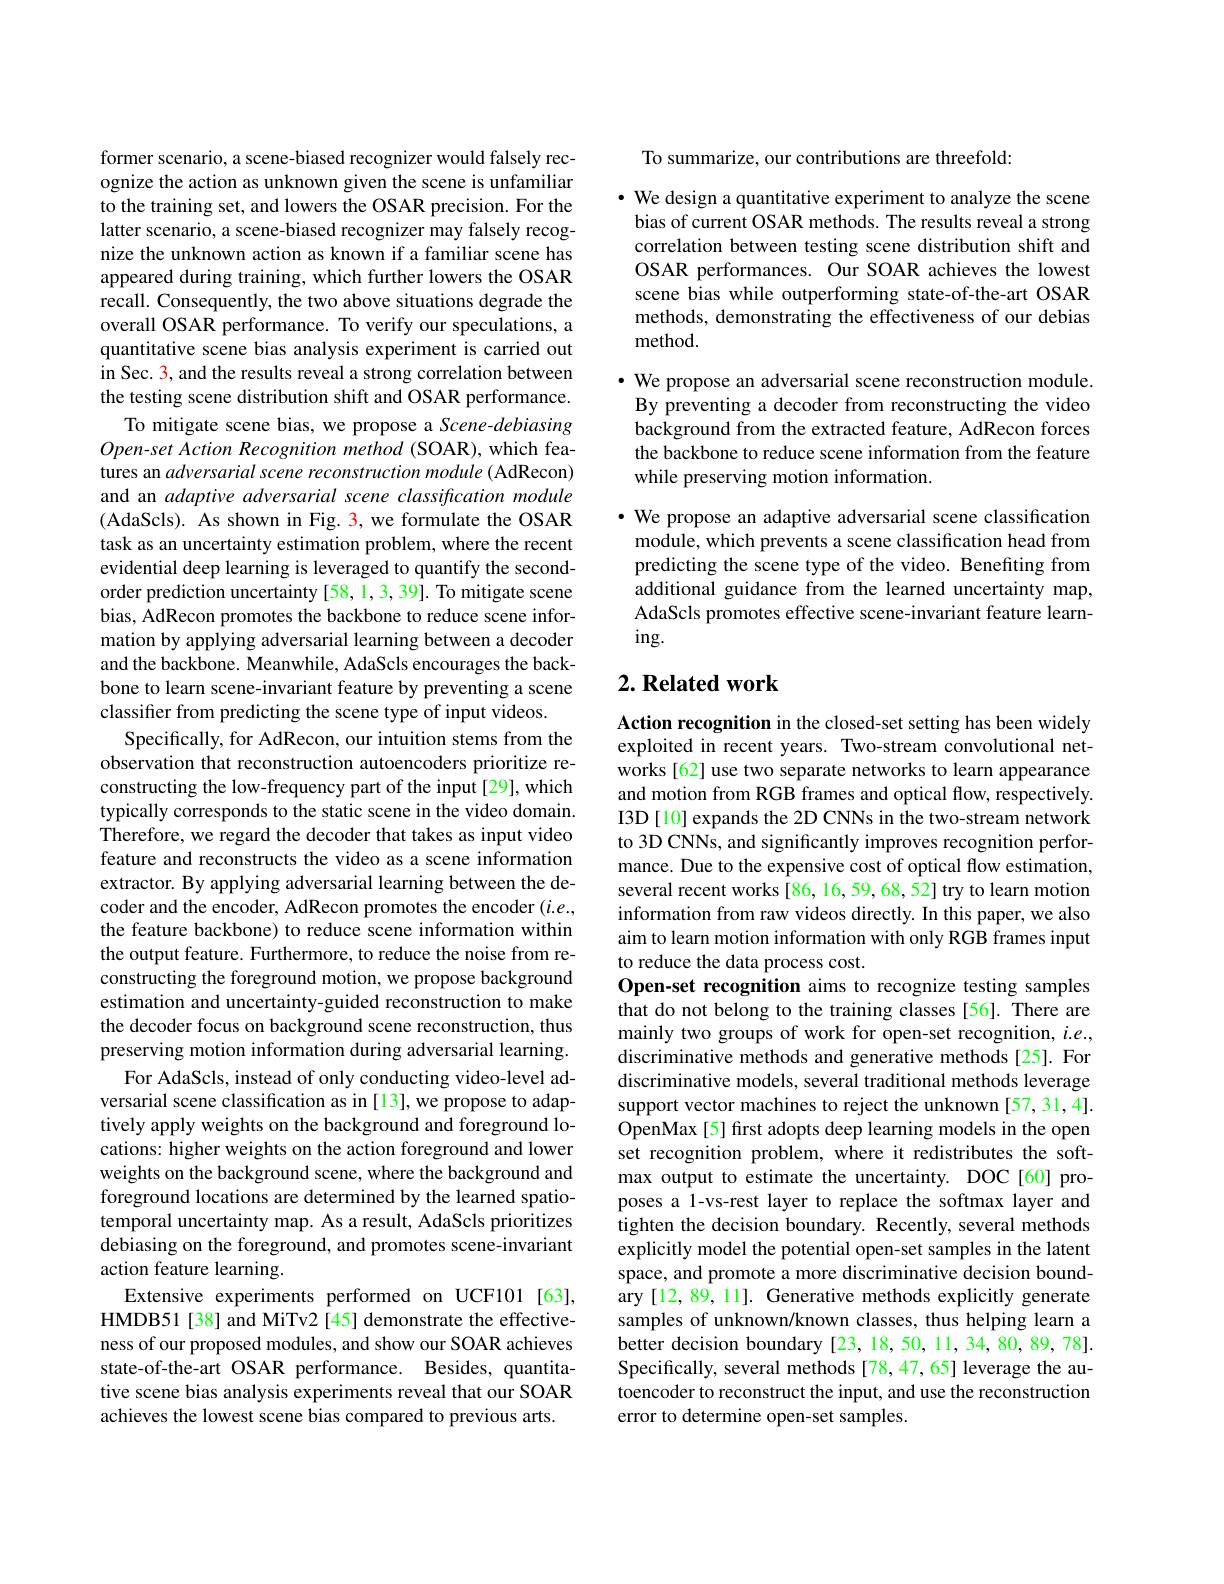
former scenario, a scene-biased recognizer would falsely recognize the action as unknown given the scene is unfamiliar to the training set, and lowers the OSAR precision. For the latter scenario, a scene-biased recognizer may falsely recognize the unknown action as known if a familiar scene has appeared during training, which further lowers the OSAR recall. Consequently, the two above situations degrade the overall OSAR performance. To verify our speculations, a quantitative scene bias analysis experiment is carried out in Sec. 3, and the results reveal a strong correlation between the testing scene distribution shift and OSAR performance.
To mitigate scene bias, we propose a Scene-debiasing $Open-set$ Action Recognition method (SOAR), which features an adversarial scene reconstruction module (AdRecon) and an adaptive adversarial scene classification module (AdaScls). As shown in Fig. 3, we formulate the OSAR task as an uncertainty estimation problem, where the recent evidential deep learning is leveraged to quantify the secondorder prediction uncertainty [58, 1, 3, 39]. To mitigate scene bias, AdRecon promotes the backbone to reduce scene information by applying adversarial learning between a decoder and the backbone. Meanwhile, AdaScls encourages the backbone to learn scene-invariant feature by preventing a scene classifer from predicting the scene type of input videos.
Specifically, for AdRecon, our intuition stems from the observation that reconstruction autoencoders prioritize reconstructing the low-frequency part of the input[29], which typically corresponds to the static scene in the video domain. Therefore, we regard the decoder that takes as input video feature and reconstructs the video as a scene information extractor. By applying adversarial learning between the decoder and the encoder, AdRecon promotes the encoder $(i.e.$, the feature backbone) to reduce scene information within the output feature. Furthermore, to reduce the noise from reconstructing the foreground motion, we propose background estimation and uncertainty-guided reconstruction to make the decoder focus on background scene reconstruction, thus preserving motion information during adversarial learning.
For AdaScls, instead of only conducting video-level adversarial scene classification as in [13], we propose to adaptively apply weights on the background and foreground locations: higher weights on the action foreground and lower weights on the background scene, where the background and foreground locations are determined by the learned spatiotemporal uncertainty map. As a result, AdaScls prioritizes debiasing on the foreground, and promotes scene-invariant action feature learning.
Extensive experiments performed on UCF101 [63], HMDB51[38] and MiTv2 [45] demonstrate the effectiveness of our proposed modules, and show our SOAR achieves state-of-the-art OSAR performance. Besides, quantitative scene bias analysis experiments reveal that our SOAR achieves the lowest scene bias compared to previous arts.

To summarize, our contributions are threefold:

· We design a quantitative experiment to analyze the scene bias of current OSAR methods. The results reveal a strong correlation between testing scene distribution shift and OSAR performances. Our SOAR achieves the lowest scene bias while outperforming state-of-the-art OSAR methods, demonstrating the effectiveness of our debias method.

$\bullet$ We propose an adversarial scene reconstruction module. By preventing a decoder from reconstructing the video background from the extracted feature, AdRecon forces the backbone to reduce scene information from the feature while preserving motion information.

· We propose an adaptive adversarial scene classification
module, which prevents a scene classification head from predicting the scene type of the video. Benefiting from additional guidance from the learned uncertainty map, AdaScls promotes effective scene-invariant feature learn- $ing.$

## $2. \textbf{ Related work}$

Action recognition in the closed-set setting has been widely exploited in recent years. Two-stream convolutional networks [62] use two separate networks to learn appearance and motion from RGB frames and optical flow, respectively. I3D [10] expands the 2D CNNs in the two-stream network to 3D CNNs, and significantly improves recognition performance. Due to the expensive cost of optical flow estimation, several recent works [86, 16, 59, 68, 52] try to learn motion information from raw videos directly. In this paper, we also aim to learn motion information with only RGB frames input to reduce the data process cost.
Open-set recognition aims to recognize testing samples that do not belong to the training classes [56]. There are mainly two groups of work for open-set recognition, $i.e.$, discriminative methods and generative methods [25]. For discriminative models, several traditional methods leverage support vector machines to reject the unknown [57,31,4]. OpenMax [5] first adopts deep learning models in the open set recognition problem, where it redistributes the softmax output to estimate the uncertainty. DOC [60] proposes a 1-vs-rest layer to replace the softmax layer and tighten the decision boundary. Recently, several methods explicitly model the potential open-set samples in the latent space, and promote a more discriminative decision boundary [12, 89, 11]. Generative methods explicitly generate samples of unknown/known classes, thus helping learn a better decision boundary [23,18,50,11,34,80,89,78]. Specifically, several methods [78,47,65] leverage the autoencoder to reconstruct the input, and use the reconstruction error to determine open-set samples.